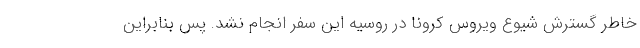
خاطر گسترش شیوع ویروس کرونا در روسیه این سفر انجام نشد. پس بنابراین